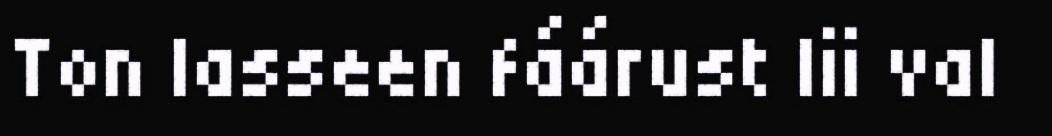
Ton lasseen fáárust lii val